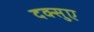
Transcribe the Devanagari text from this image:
दक्सुए